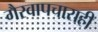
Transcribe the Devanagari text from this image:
गैरवापचाराही